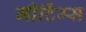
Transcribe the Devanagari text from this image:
मीटिंग्स